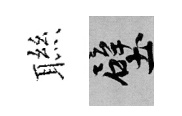
聮壁